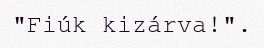
"Fiúk kizárva!".